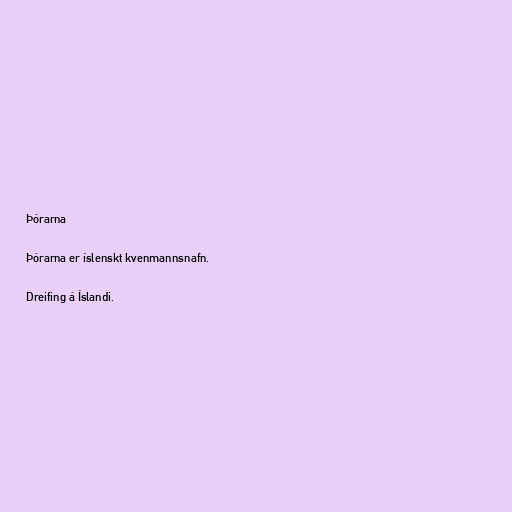
Þórarna

Þórarna er íslenskt kvenmannsnafn.

Dreifing á Íslandi.